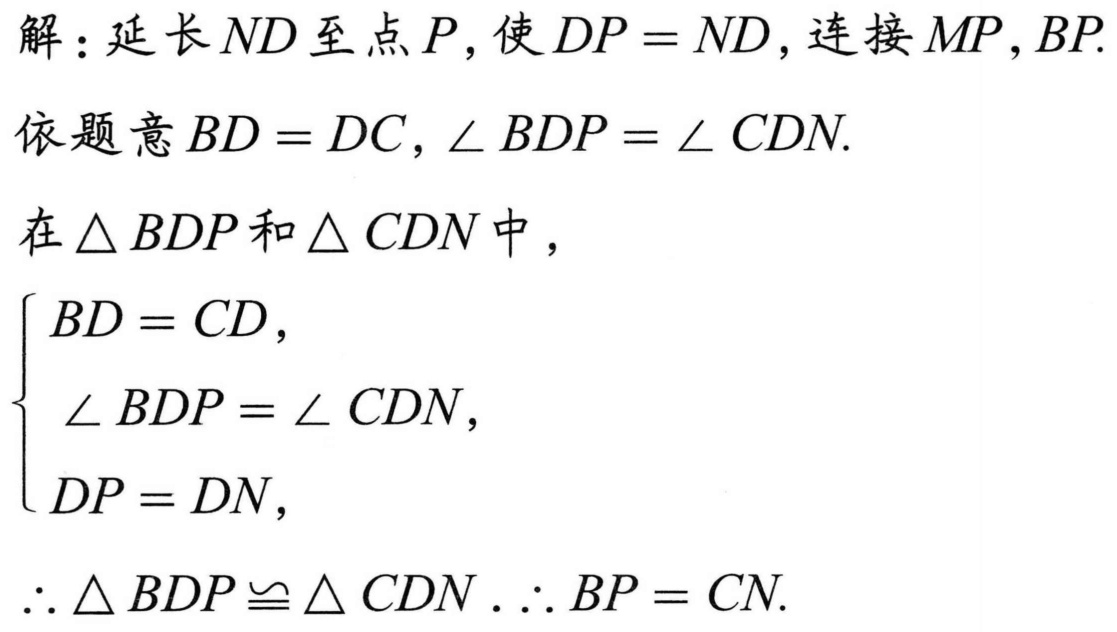
解：延长$ND$至点$P$，使$DP = ND$，连接$MP,BP$.
依题意$BD = DC$，$\angle BDP=\angle CDN$.
在$\triangle BDP$和$\triangle CDN$中，
$\begin{cases}
BD = CD,\\
\angle BDP=\angle CDN,\\
DP = DN,
\end{cases}$
$\therefore \triangle BDP\cong\triangle CDN$. $\therefore BP = CN$.